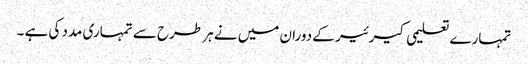
تمہارے تعلیمی کیرئیر کے دوران میں نے ہر طرح سے تمہاری مدد کی ہے ۔